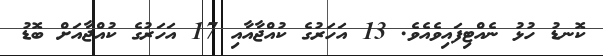
ކޮނޑު ހުޅު ނެއްޓިފައިވެއެވެ. 13 އަހަރުގެ ކުއްޖާއާއި 17 އަހަރުގެ ކުއްޖާއަށް ބޮޑު